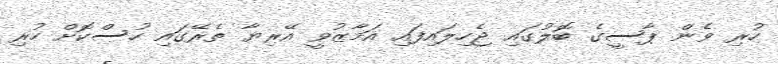
ހުރި ވެން ޕާސީގެ ބޮލުގައި ޖެހިލައިފައި އަމާޒުވީ އޭރިޔާ ތެރޭގައި ހުސްކޮށް ހުރި